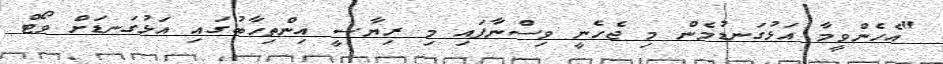
"އެހެންވީމާ އަޅުގަނޑުމެން މި ޖެހެނީ ވިސްނާފައި މި ރިޔާސީ އިންތިހާބުގައި އަޅުގަނޑަށް ވޯޓް